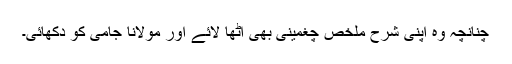
چنانچہ وہ اپنی شرح ملخص چغمینی بھی اُٹھا لائے اور مولانا جامی کو دکھائی۔